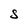
Character: S